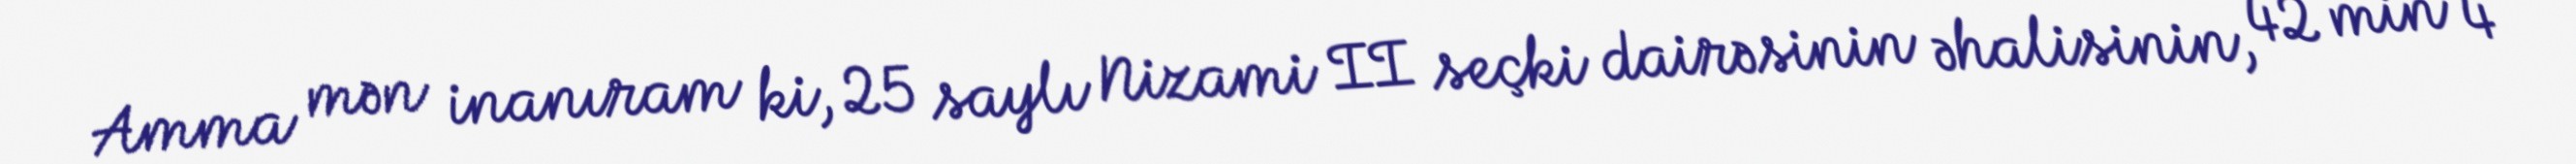
Amma mən inanıram ki, 25 saylı Nizami II seçki dairəsinin əhalisinin, 42 min 4